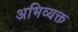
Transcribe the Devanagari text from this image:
अभिव्‍यक्त